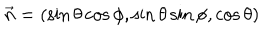
LaTeX: \vec { n } = ( \sin \theta \cos \phi , \sin \theta \sin \phi , \cos \theta )